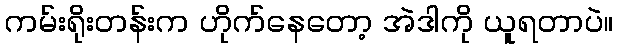
ကမ်းရိုးတန်းက ဟိုက်နေတော့ အဲဒါကို ယူရတာပဲ။